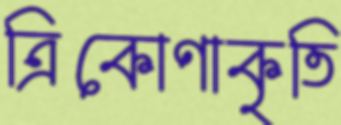
ত্রিকোণাকৃতি